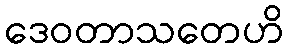
ဒေဝတာသတေဟိ